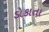
ડોકાતા